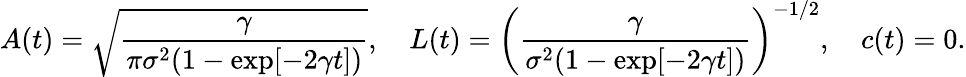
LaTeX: A(t)=\sqrt{\frac{\gamma}{\pi\sigma^{2}(1-\exp[-2\gamma t])}},\quad L(t)=\bigg(\frac{\gamma}{\sigma^{2}(1-\exp[-2\gamma t])}\bigg)^{-1/2},\quad c(t)=0.